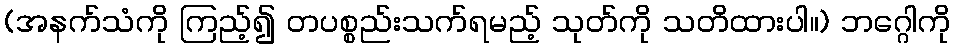
(အနက်သံကို ကြည့်၍ တပစ္စည်းသက်ရမည့် သုတ်ကို သတိထားပါ။) ဘဂ္ဂေါကို